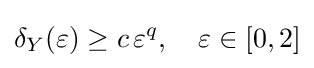
\delta _{Y}(\varepsilon )\geq c\,\varepsilon ^{q},\quad \varepsilon \in [0,2]